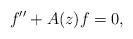
LaTeX: \begin{align*}f''+A(z)f=0,\end{align*}